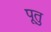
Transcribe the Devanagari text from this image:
पूतु